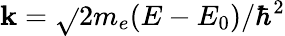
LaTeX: \mathbf{k}=\sqrt{}{{2m_{e}(E-E_{0})/\hbar^{2}}}